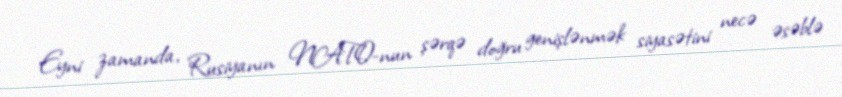
Eyni zamanda, Rusiyanın NATO-nun şərqə doğru genişlənmək siyasətini necə əsəblə